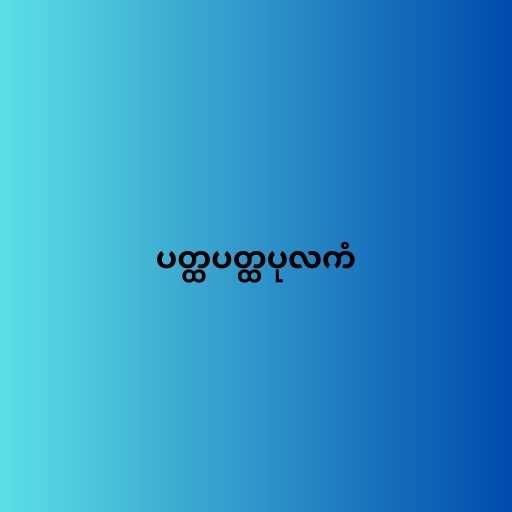
ပတ္ထပတ္ထပုလကံ